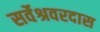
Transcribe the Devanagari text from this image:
सर्वेश्रवरदास